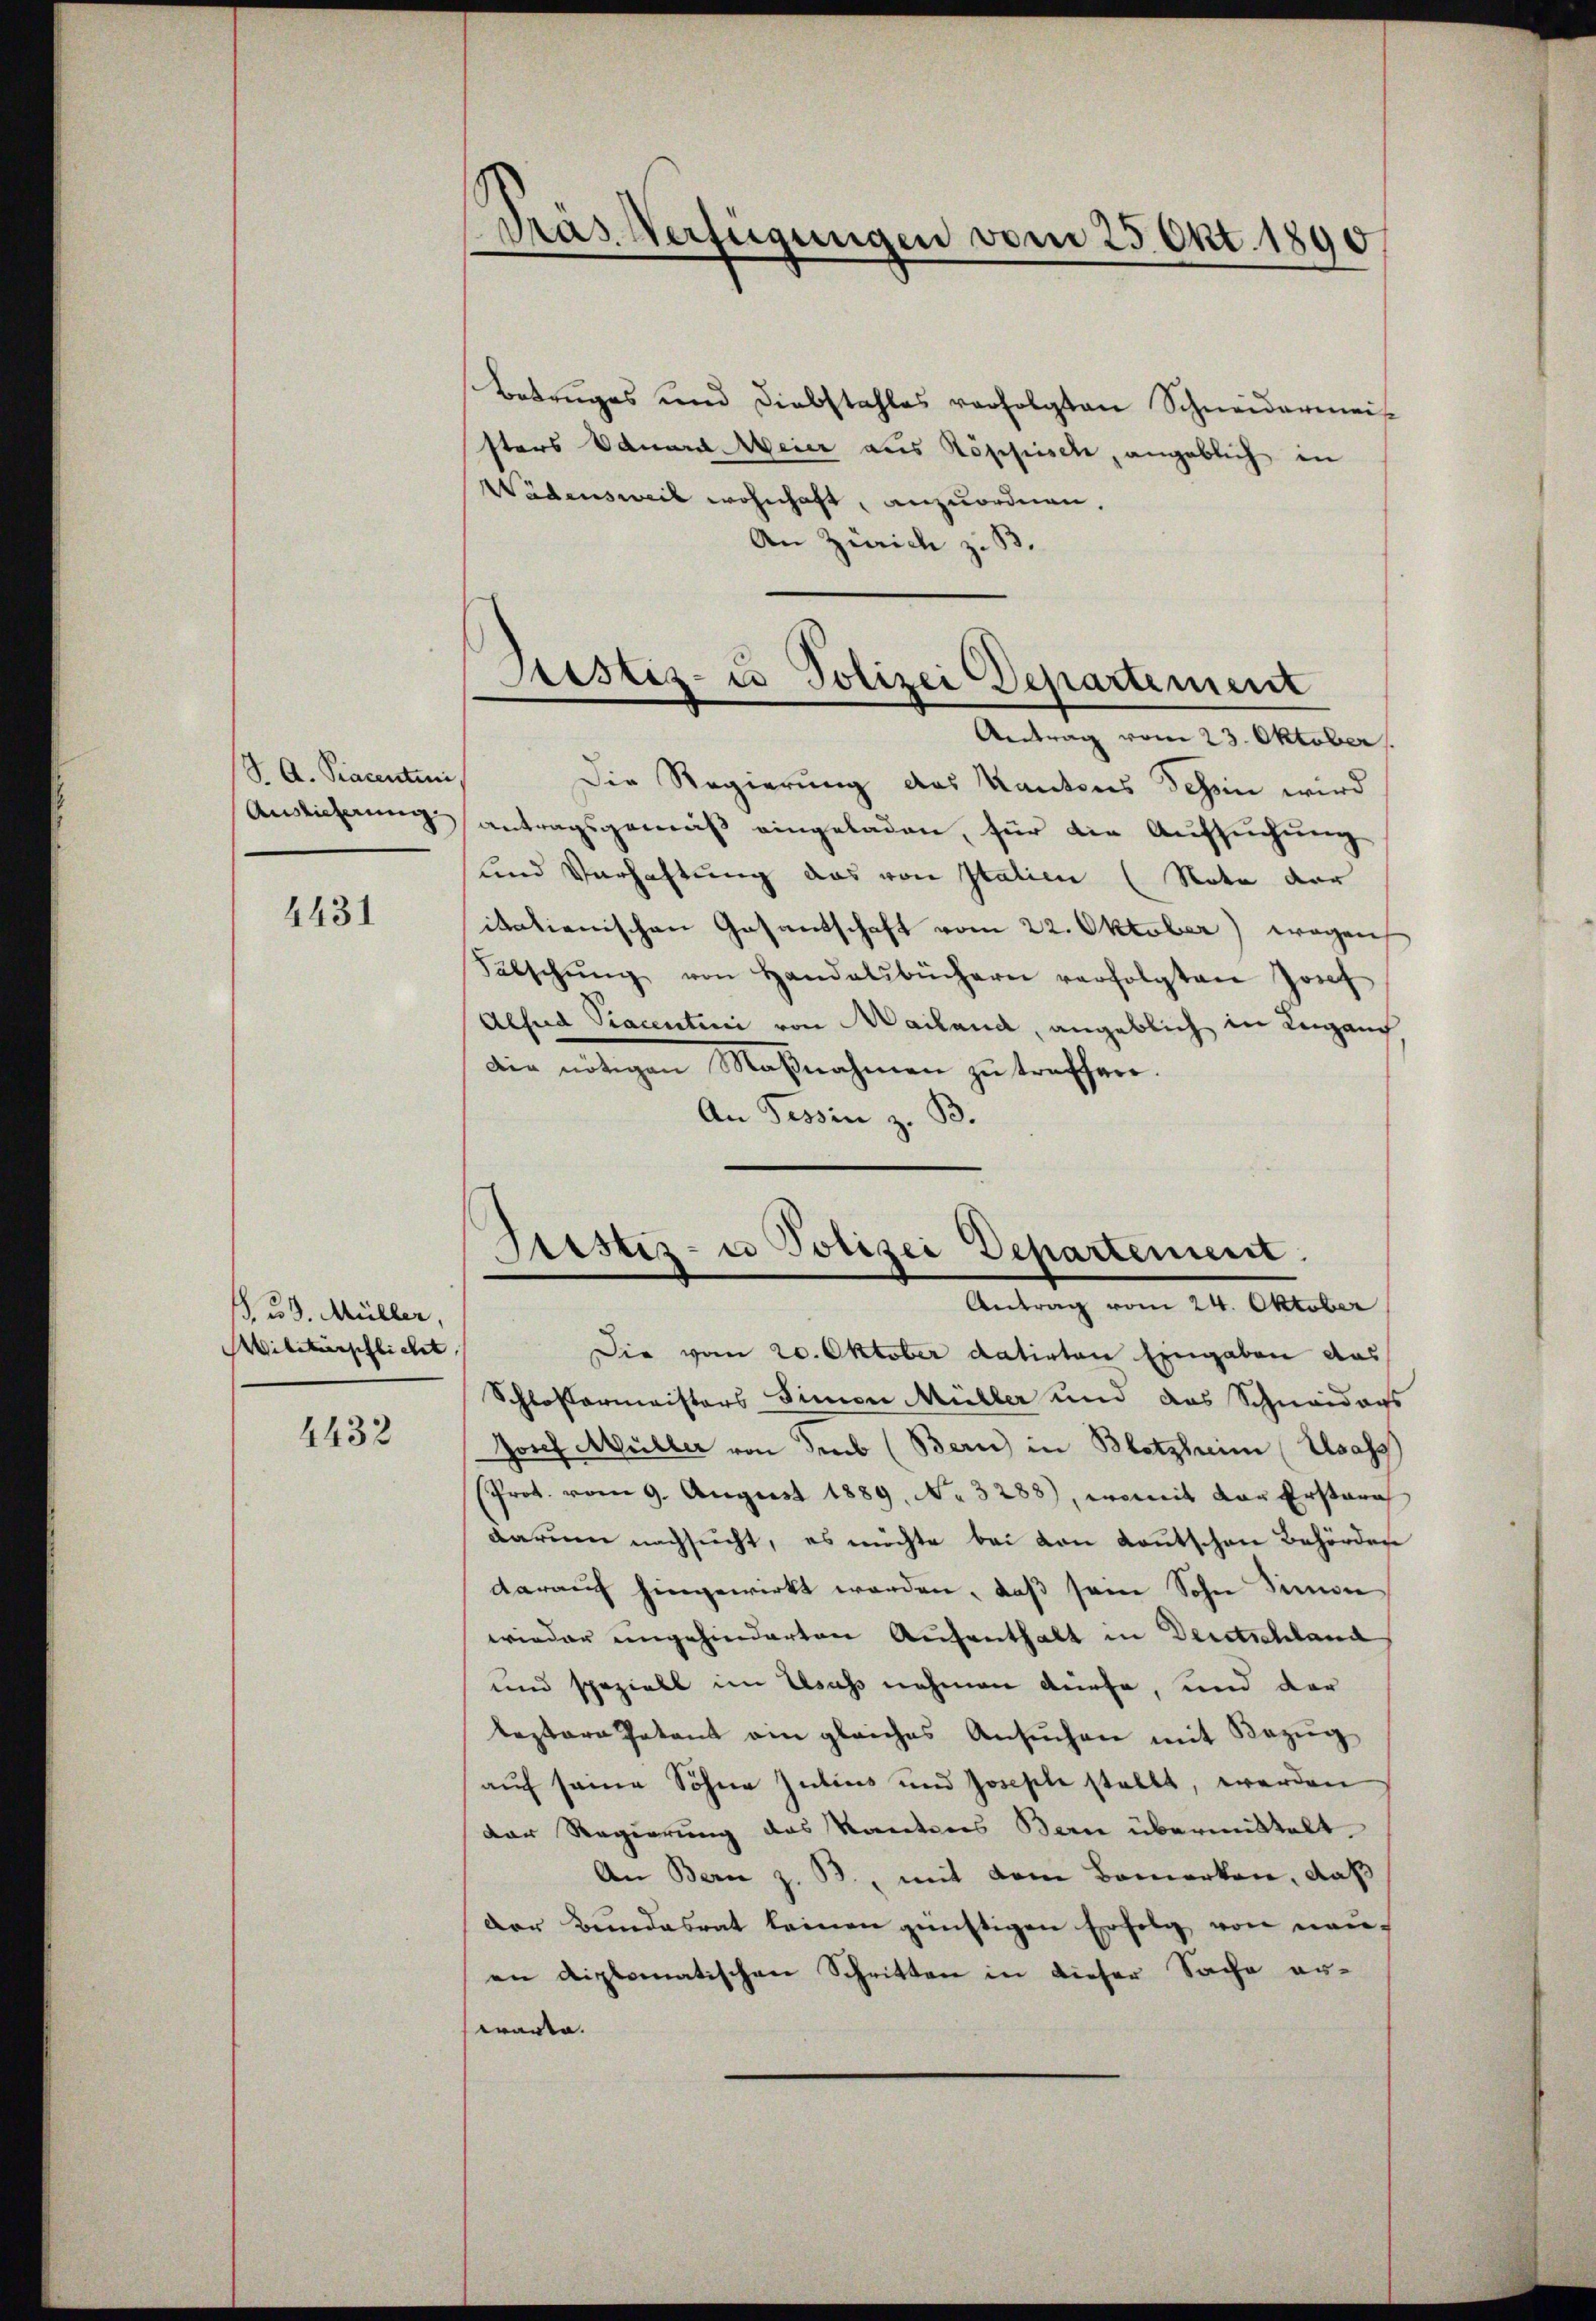
J. A. Piacentini.

4431

123. Müller,
Militärpflichet,

4432

gras Verfügungen vom 25. Okt. 1890

Betruges und Diebstahles verfolgten Schneidermeis
sters Eduard Meier aus Köppisch, angeblich in
Wädensweil wohnhaft, anzuordnen.
An Zürich z. B.

Antrag vom 23. Oktober.
Die Regierung des Kantons Schein wird
Ausicherung antragsgemäß eingeladen, für die Aufsuchung
und Verhaftung das von Italien (Nota der
italienischen Gasantschaft vom 22. Oktober) wegen
Fabschŭng von Handelsbüchern verfolgten Josef
Alsud Tracentini von Mailand, angeblich in Lugang
die nötigen Maßnahmen zu treffen.
An Tessin z. B.

Justiz- u Polizei Departement

Sistiz- u Polizei Departement.
Antrag vom 24. Oktober

Die vom 20. Oktober datirten Eingaben das
Schlossermeisters Simon Müller und das Schneidags
Josef Müller von Trub (Bern) in Blotzheim Elsass
Prot. vom 9. August 1889. No. 3288), womit der Erstarif
darum nachsucht, es möchte bei von Lautschen Behörden
darauf hingewirkt worden, daß sein Sohn Simon
wieder ungehinderten Aufenthalt in Deutschland
und speziell im Elsass nehmen dürfe, und der
leztere Patent ein gleiches Ansuchen mit Bezug
auf seine Söhne Julius und Josephe stellt, werden
der Regierung des Kantons Bern übermittelt
An Bern z. B., mit dem Bemerken, daß
der Bundesrat keinen günstigen Erfolg von neu-
an diplomatischen Schritten in dieser Sache erwarte. |